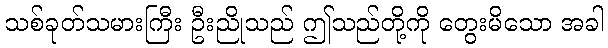
သစ်ခုတ်သမားကြီး ဦးညိုသည် ဤသည်တို့ကို တွေးမိသော အခါ